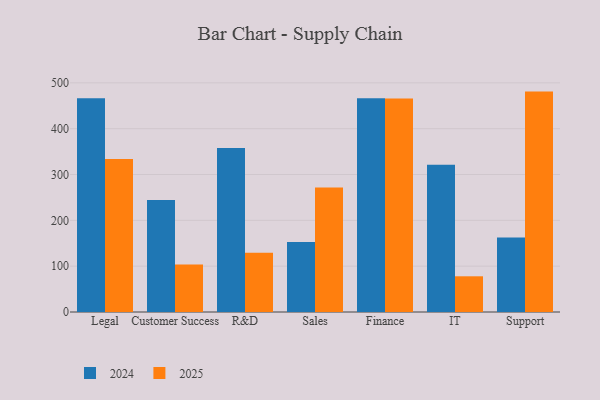
{"axis": {"x": "Department", "y": "Latency (ms)"}, "legend": ["2024", "2025"], "data": [{"x": "Legal", "y": 333.8, "type": "2025"}, {"x": "Legal", "y": 466.6, "type": "2024"}, {"x": "Customer Success", "y": 103.7, "type": "2025"}, {"x": "Customer Success", "y": 244.4, "type": "2024"}, {"x": "R&D", "y": 129.3, "type": "2025"}, {"x": "R&D", "y": 357.9, "type": "2024"}, {"x": "Sales", "y": 271.9, "type": "2025"}, {"x": "Sales", "y": 152.7, "type": "2024"}, {"x": "Finance", "y": 466.1, "type": "2025"}, {"x": "Finance", "y": 466.5, "type": "2024"}, {"x": "IT", "y": 77.9, "type": "2025"}, {"x": "IT", "y": 321.1, "type": "2024"}, {"x": "Support", "y": 480.9, "type": "2025"}, {"x": "Support", "y": 162.6, "type": "2024"}]}